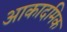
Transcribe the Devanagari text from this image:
आकादमिक